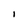
Character: I